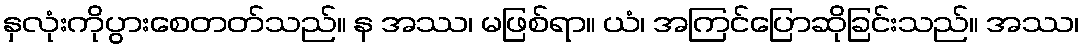
နှလုံးကိုပွားစေတတ်သည်။ န အဿ၊ မဖြစ်ရာ။ ယံ၊ အကြင်ပြောဆိုခြင်းသည်။ အဿ၊